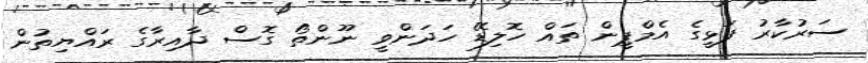
ސަރުކާރު ފަޅީގެ އެމްޕީން ތައް ހޮލިޑޭ ހަދަންވީ ނޫންތޯ ގޮސް ދާއިރާގެ ރައްޔިތުން